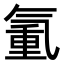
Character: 𣱧